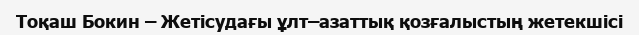
Тоқаш Бокин – Жетісудағы ұлт–азаттық қозғалыстың жетекшісі